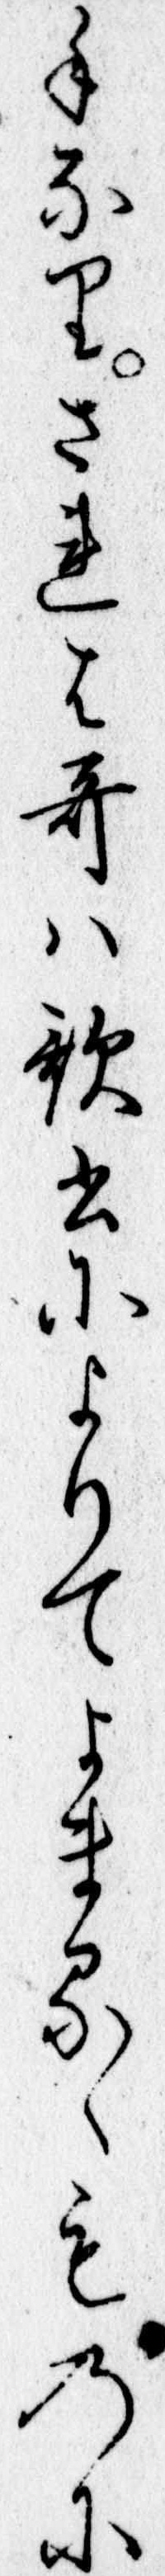
手なりされは歌は歌書によりてよまるゝものに